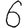
Digit: 6